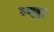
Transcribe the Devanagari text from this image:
म्खा